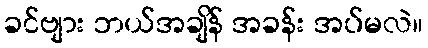
ခင်ဗျား ဘယ်အချိန် အခန်း အပ်မလဲ။